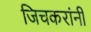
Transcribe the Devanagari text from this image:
जिचकरांनी